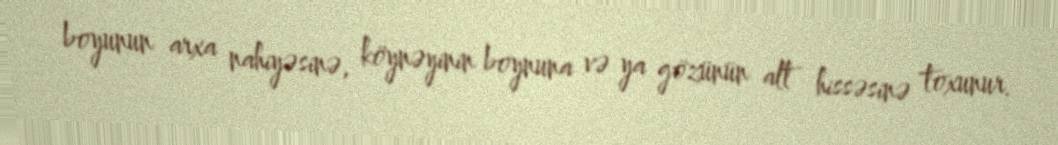
boyunun arxa nahiyəsinə, köynəyinin boynuna və ya gözünün alt hissəsinə toxunur.